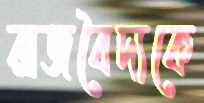
রাজবৈদ্যকে